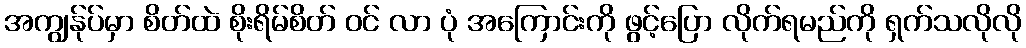
အကျွန်ုပ်မှာ စိတ်ထဲ စိုးရိမ်စိတ် ဝင် လာ ပုံ အကြောင်းကို ဖွင့်ပြော လိုက်ရမည်ကို ရှက်သလိုလို